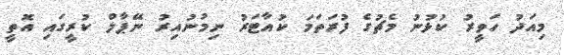
މިއަދު ހަވީރު ކުޅުނު މެޗުގެ ފުރަތަމަ ކުއާޓަރު ނިމުނުއިރު ނޭޕާލް ކުރީގައި އޮތީ